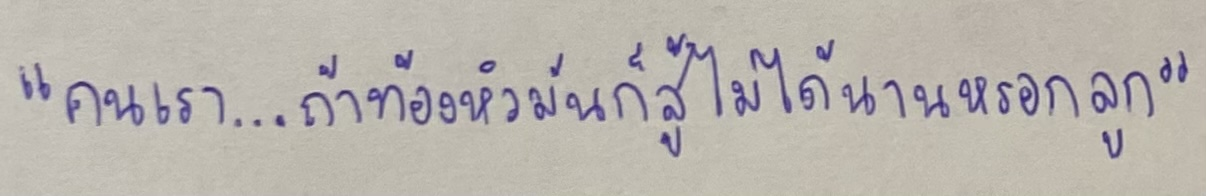
"คนเรา...ถ้าท้องหิวมันก็สู้ไม่ได้นานหรอกลูก"